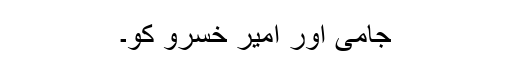
جامی اور امیر خسرو کو۔